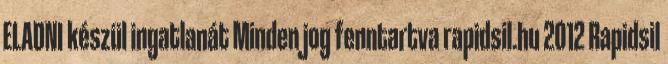
ELADNI készül ingatlanát Minden jog fenntartva rapidsil.hu 2012 Rapidsil